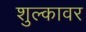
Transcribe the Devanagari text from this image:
शुल्कावर